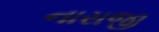
નારાજી